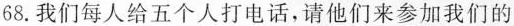
68.我们每人给五个人打电话,请他们来参加我们的